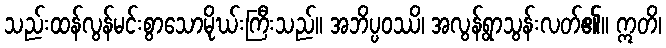
သည်းထန်လွန်မင်းစွာသောမိုဃ်းကြီးသည်။ အဘိပ္ပဝဿိ၊ အလွန်ရွာသွန်းလတ်၏။ ဣတိ၊